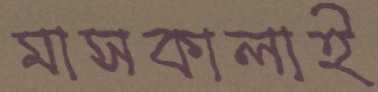
মাসকালাই